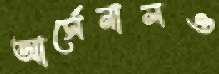
আর্সেনালও